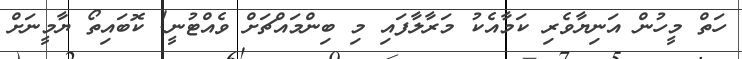
ހަތް މީހުން އަނިޔާވެރި ކަމާއެކު މަރާލާފައި މި ބިންމައްޗަށް ވެއްޓުނީ! ކޮބައިތޯ ޔާމީނަށް